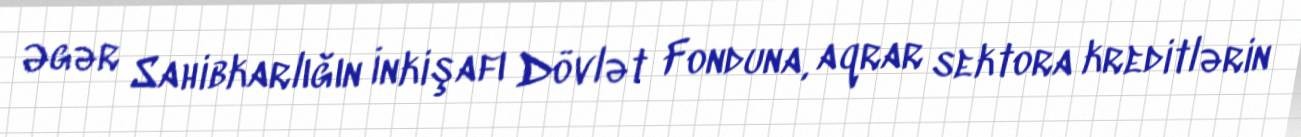
Əgər Sahibkarlığın İnkişafı Dövlət Fonduna, aqrar sektora kreditlərin